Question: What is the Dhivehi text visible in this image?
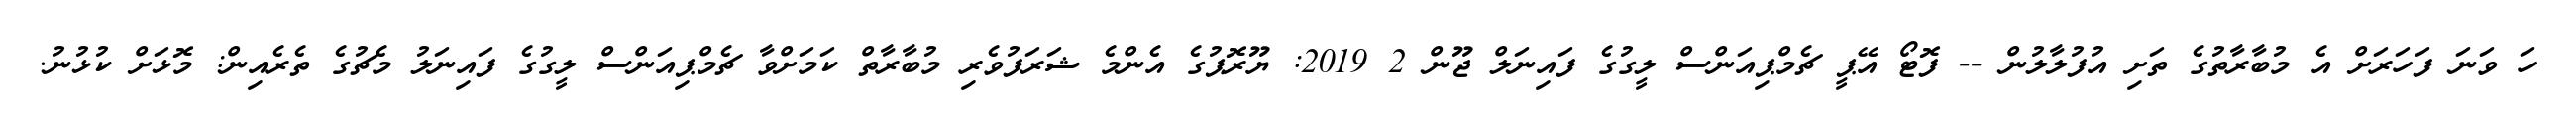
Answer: ހަ ވަނަ ފަހަރަށް އެ މުބާރާތުގެ ތަށި އުފުލާލުން -- ފޮޓޯ އޭޕީ ޗެމްޕިއަންސް ލީގުގެ ފައިނަލް ޖޫން 2 2019: ޔޫރޮޕުގެ އެންމެ ޝަރަފުވެރި މުބާރާތް ކަމަށްވާ ޗެމްޕިއަންސް ލީގުގެ ފައިނަލު މެޗުގެ ތެރެއިން: މޮޅަށް ކުޅުނު.